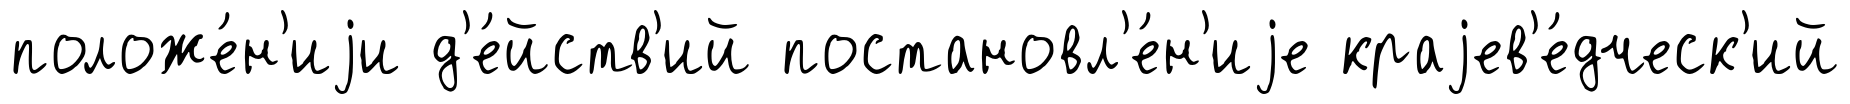
положе́н'иjи д'е́йств'ий постановл'е́н'иjе краjев'е́дческ'ий